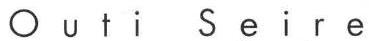
Outi Seire